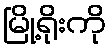
မြို့ရိုးကို